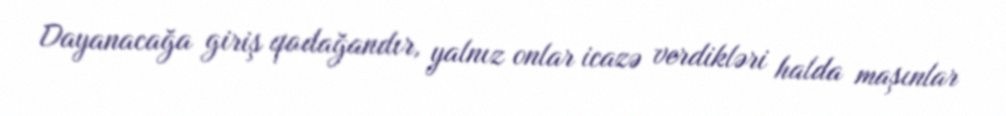
Dayanacağa giriş qadağandır, yalnız onlar icazə verdikləri halda maşınlar